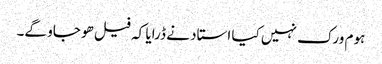
ہوم ورک نہیں کیا استاد نے ڈرایا کہ فیل ھو جاو گے۔